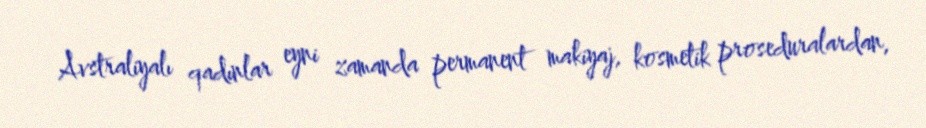
Avstraliyalı qadınlar eyni zamanda permanent makiyaj, kosmetik proseduralardan,